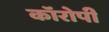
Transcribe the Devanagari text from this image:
कॉरोपी